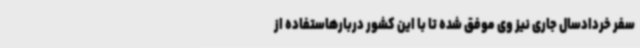
سفر خردادسال جاری نیز وی موفق شده تا با این کشور دربارهاستفاده از